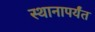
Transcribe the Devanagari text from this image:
स्थानापर्यंत